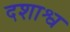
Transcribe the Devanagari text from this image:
दशाश्व